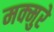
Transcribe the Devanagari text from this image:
मक्मुरे